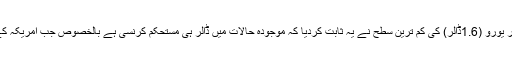
مثال کے طور پر (19 مارچ 2020) کو ڈالر کے مقابلے میں برطانوی پائونڈ (1.15 ڈالر) اور یورو (1.6ڈالر) کی کم ترین سطح نے یہ ثابت کردیا کہ موجودہ حالات میں ڈالر ہی مستحکم کرنسی ہے بالخصوص جب امریکہ کے فیڈرل ریزرو بینک نے اپنے پالیسی ریٹ میں ایک فیصد کمی کرکے مارک اَپ صفر کردیا۔